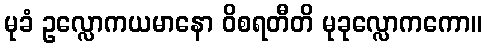
မုခံ ဥလ္လောကယမာနော ဝိစရတီတိ မုခုလ္လောကကော။